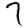
Digit: 7